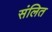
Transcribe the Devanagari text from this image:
संलित